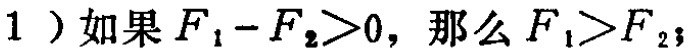
1）如果 \(F_{1}-F_{2}>0\)，那么 \(F_{1}>F_{2}\)；